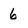
Character: 6